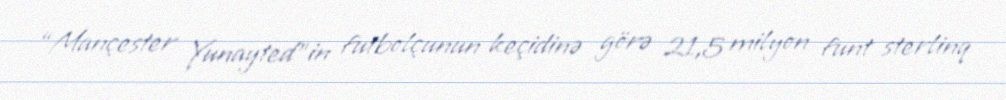
“Mançester Yunayted”in futbolçunun keçidinə görə 21,5 milyon funt sterlinq